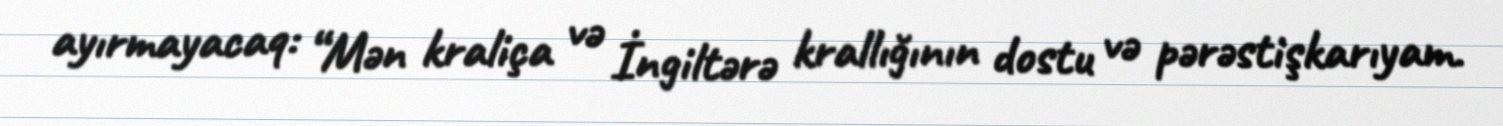
ayırmayacaq: “Mən kraliça və İngiltərə krallığının dostu və pərəstişkarıyam.